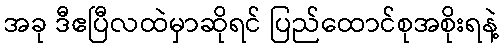
အခု ဒီဧပြီလထဲမှာဆိုရင် ပြည်ထောင်စုအစိုးရနဲ့